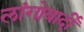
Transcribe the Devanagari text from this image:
लांगोबार्दी